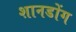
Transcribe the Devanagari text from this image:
शानडोंग